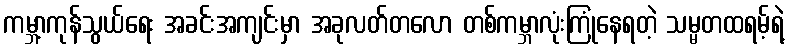
ကမ္ဘာ့ကုန်သွယ်ရေး အခင်းအကျင်းမှာ အခုလတ်တလော တစ်ကမ္ဘာလုံးကြုံနေရတဲ့ သမ္မတထရမ့်ရဲ့